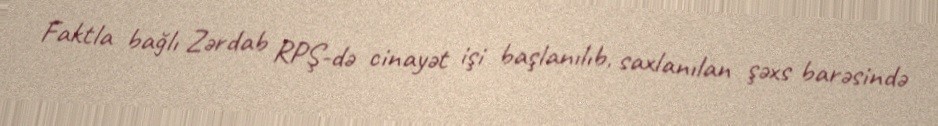
Faktla bağlı Zərdab RPŞ-də cinayət işi başlanılıb, saxlanılan şəxs barəsində